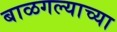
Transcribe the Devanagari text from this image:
बाळगल्याच्या